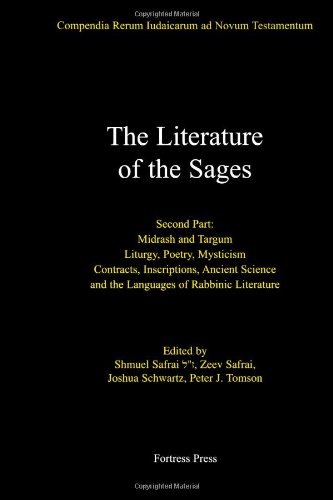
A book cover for The Literature of the Sages, Midrash, and Targum; Liturgy, Poetry, Mysticism; Contracts, Inscriptions, Ancient Science and the Languages of Rabbinic ... ... Rerum Iudaicarum Ad Novum Testamentum; Shmuel Safrai; Christian Books & Bibles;